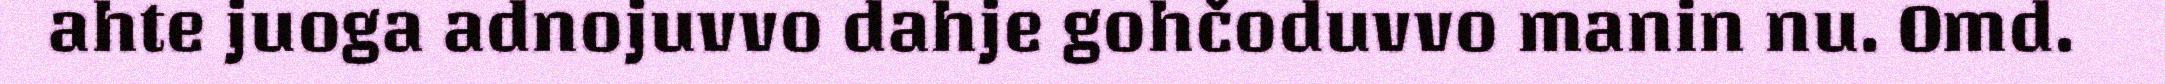
ahte juoga adnojuvvo dahje gohčoduvvo manin nu. Omd.